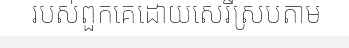
របស់ពួកគេដោយសេរីស្របតាម